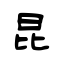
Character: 昆